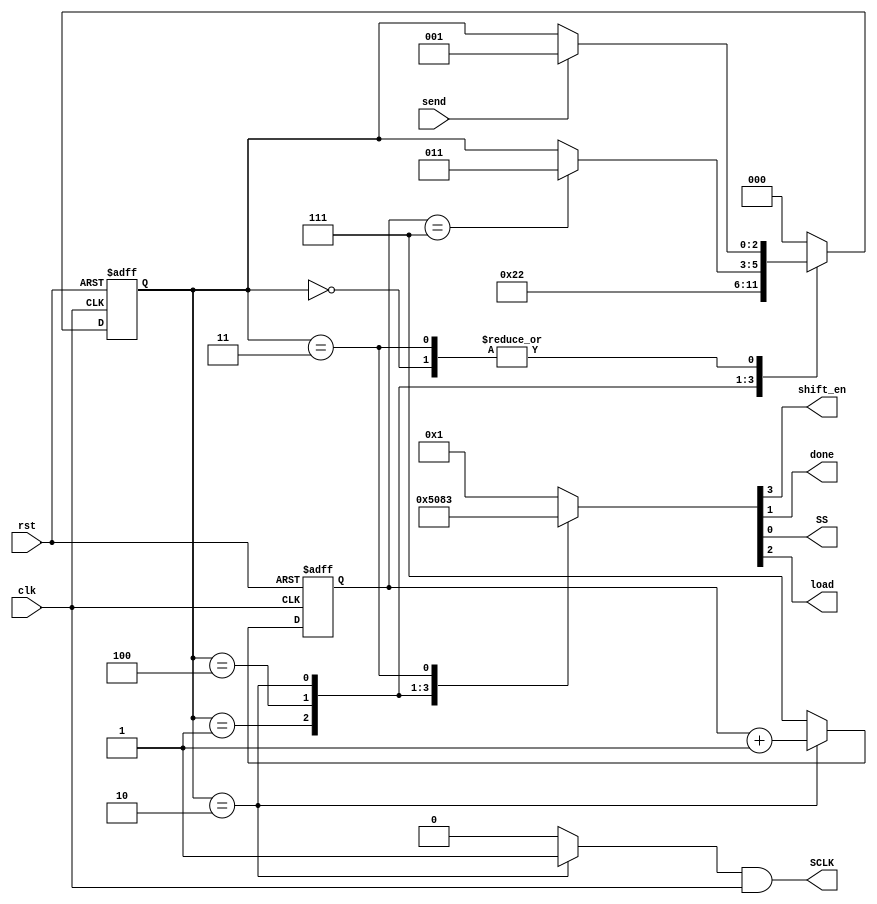
`timescale 1ns / 1ps
//////////////////////////////////////////////////////////////////////////////////
// 
// Design Name: SPI Controller
// Module Name: spi_ctrl 
// Project Name: SPI LCD Controller
// Target Devices: XC2C256-7-TQ144
// Description: State machine for SPI Master controller
//
//////////////////////////////////////////////////////////////////////////////////
module spi_ctrl(
    input wire clk, rst,
    input wire send,
    output reg shift_en, done, SS, load,
    output wire SCLK
);

    localparam [2:0]
        Init = 3'b000,
        Load = 3'b001,
        Shift = 3'b010,
        Done = 3'b011,
        Wait = 3'b100;
        
    reg [2:0] cstate, nstate;
    reg [2:0] count;
    reg clk_en;
    
    // Only output the clock when needed
    assign SCLK = clk_en & clk;
    
    always @(posedge clk or posedge rst) begin
        if(rst)
            cstate = Init;
        else
            cstate = nstate;
    end

    always @(negedge clk or posedge rst) begin
        if(rst)
            count = 3'b111;
        else if (cstate == Shift)
            count = count + 1;
        else
            count = 3'b111;
    end
    
    always @(*) begin
        case(cstate)
            Init : begin
                {shift_en,load,done,SS} = 4'b0001;
                clk_en = 1'b0;
                
                if(send)
                    nstate = Load;
                else
                    nstate = cstate;
            end
            
            Load : begin
                {shift_en,load,done,SS} = 4'b0101;
                clk_en = 1'b0;
                
                nstate = Wait;
            end
            
			Wait : begin
				{shift_en,load,done,SS} = 4'b0000;
				clk_en = 1'b0;
				
				nstate = Shift;
			end
			
            Shift : begin
                {shift_en,load,done,SS} = 4'b1000;
                clk_en = 1'b1;
                
                if(count == 3'b111)
                    nstate = Done;
                else
                    nstate = cstate;
            end
            
            Done : begin
                {shift_en,load,done,SS} = 4'b0011;
                clk_en = 1'b0;
                
                if(send)
                    nstate = Load;
                else
                    nstate = cstate;
            end
            
            default : begin
                {shift_en,load,done,SS} = 4'b0001;
                clk_en = 1'b0;
                
                nstate = Init;
            end
        endcase
    end
    
endmodule